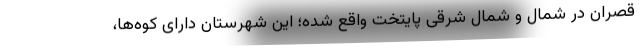
قصران در شمال و شمال شرقی پایتخت واقع شده؛ این شهرستان دارای کوه‌ها،